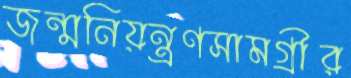
জন্মনিয়ন্ত্রণসামগ্রীর